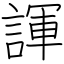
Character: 諢